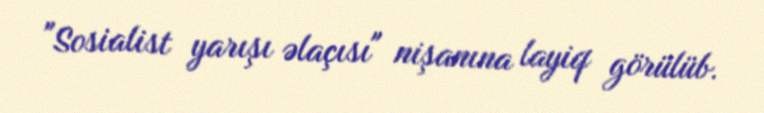
"Sosialist yarışı əlaçısı" nişanına layiq görülüb.